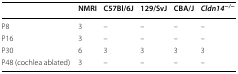
<table><thead><tr><td></td><td><b>NMRI</b></td><td><b>C57Bl/6J</b></td><td><b>129/SvJ</b></td><td><b>CBA/J</b></td><td><b><i>Cldn14</i><sup>−<i>/</i>−</sup></b></td></tr></thead><tbody><tr><td>P8</td><td>3</td><td>–</td><td>–</td><td>–</td><td>–</td></tr><tr><td>P16</td><td>3</td><td>–</td><td>–</td><td>–</td><td>–</td></tr><tr><td>P30</td><td>6</td><td>3</td><td>3</td><td>3</td><td>3</td></tr><tr><td>P48 (cochlea ablated)</td><td>3</td><td>–</td><td>–</td><td>–</td><td>–</td></tr></tbody></table>